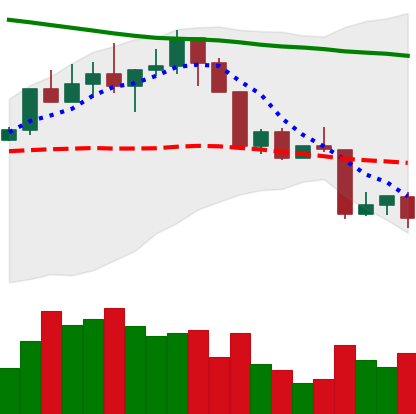
Ticker: LINK-USD
Chart end date: 2022-04-14
Forward return: 4.487%
Label: up_3_5